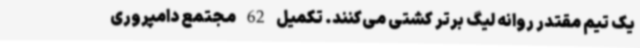
یک تیم مقتدر روانه لیگ برتر کشتی می‌کنند. تکمیل 62 مجتمع دامپروری